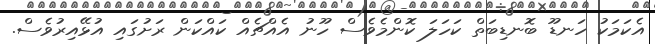
އެކަމަކު ހަނޑޫ ބޮނޑިބަތް ކަހަލަ ކޮންމެވެސް ހޫނު އެއްޗެއް ކައްކަން ރަށުގައި އުޅޭއިރުވެސް.